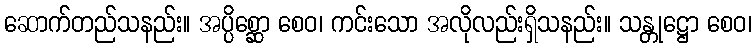
ဆောက်တည်သနည်း။ အပ္ပိစ္ဆော စေဝ၊ ကင်းသော အလိုလည်းရှိသနည်း။ သန္တုဋ္ဌော စေဝ၊